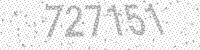
Solution: 727151